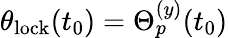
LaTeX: \theta_{\mathrm{lock}}(t_{0})=\Theta_{p}^{(y)}(t_{0})